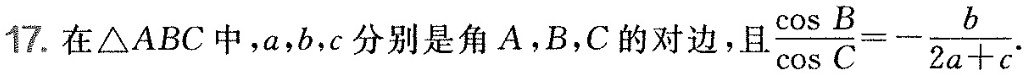
17.在\triangle ABC中，a，b，c分别是角A，B，C的对边，且$$\frac{ \cos B}{ \cos C}=- \frac{b}{2a+c}$$.